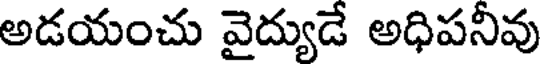
అడయంచు వైద్యుడే అధిపనీవు